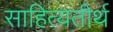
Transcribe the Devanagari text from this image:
साहित्यतीर्थ